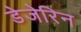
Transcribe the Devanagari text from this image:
डेजेरिन